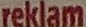
reklam